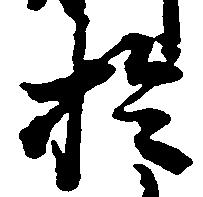
於